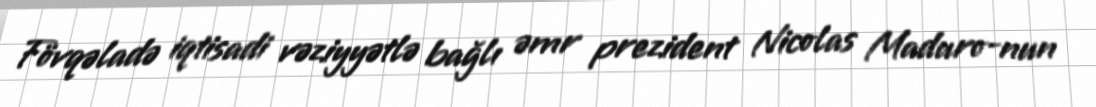
Fövqəladə iqtisadi vəziyyətlə bağlı əmr prezident Nicolas Maduro-nun